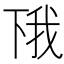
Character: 𫠰